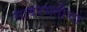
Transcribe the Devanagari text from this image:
साबरमतीचा